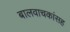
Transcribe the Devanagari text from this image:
बालवाचकांसह